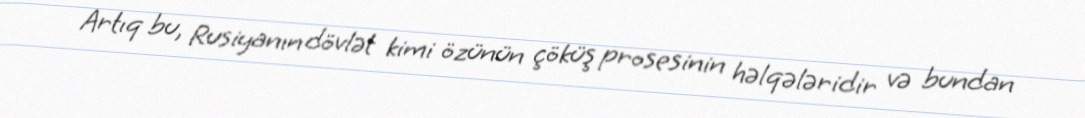
Artıq bu, Rusiyanın dövlət kimi özünün çöküş prosesinin həlqələridir və bundan